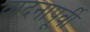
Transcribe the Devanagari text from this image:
वादनापूर्वी